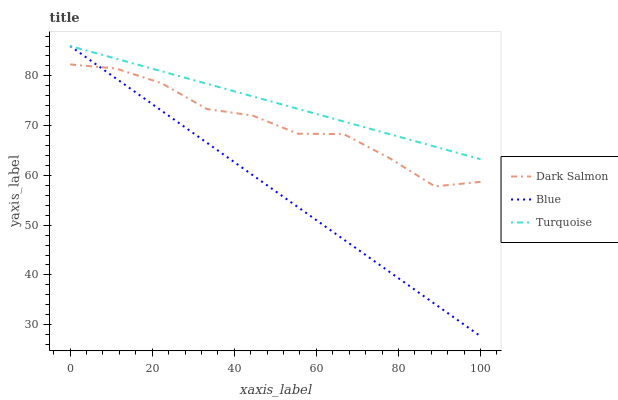
| xaxis_label | Dark Salmon | Blue | Turquoise |
 | --- | --- | --- | --- |
 | 0 | 82.3 | 86 | 86 |
 | 11.1 | 81.5 | 79.5 | 83.5 |
 | 22.2 | 78.6 | 73 | 80.9 |
 | 33.3 | 73.3 | 66.6 | 78.4 |
 | 44.4 | 72 | 60.1 | 75.9 |
 | 55.6 | 68.4 | 53.6 | 73.4 |
 | 66.7 | 68.3 | 47.1 | 70.8 |
 | 77.8 | 63.5 | 40.6 | 68.3 |
 | 88.9 | 57.8 | 34.2 | 65.8 |
 | 100 | 58.7 | 27.7 | 63.2 |